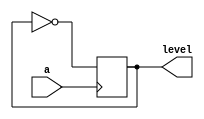
module l2h (
    input a,
    output reg level
);

initial begin
    level <= 0;
end

always @(posedge a) begin
    level <= ~level;
end

endmodule //l2h